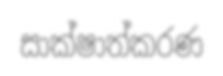
සාක්ෂාත්කරණ